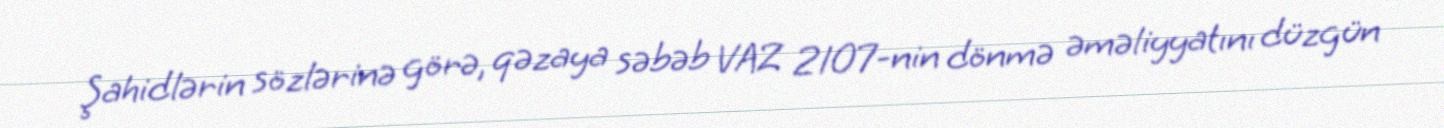
Şahidlərin sözlərinə görə, qəzaya səbəb VAZ 2107-nin dönmə əməliyyatını düzgün